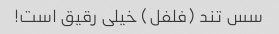
سس تند (فلفل) خیلی رقیق است!